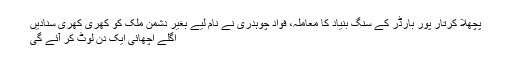
پچھلا کرتار پور بارڈر کے سنگ بنیاد کا معاملہ، فواد چوہدری نے نام لیے بغیر دشمن ملک کو کھری کھری سنادیں
اگلے اچھائی ایک دن لوٹ کر آئے گی